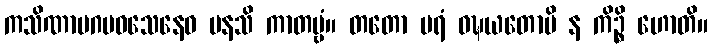
ကသိဏာပဂမဝသေနေဝ မနသိ ကာတဗ္ဗံ။ တတော ပရံ ဝဍ္ဎယတောပိ န ကိဉ္စိ ဟောတိ။